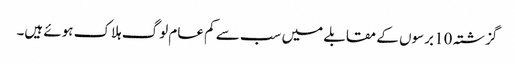
گزشتہ 10 برسوں کے مقابلے میں سب سے کم عام لوگ ہلاک ہوئے ہیں۔